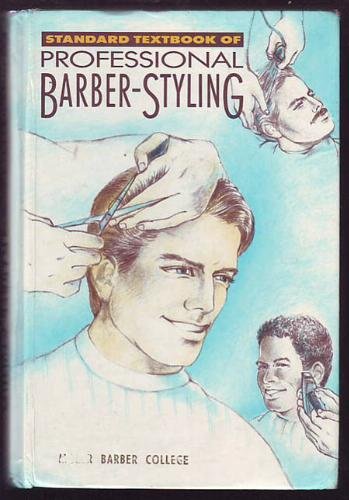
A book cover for Standard Textbook of Professional Barber Styling; Health, Fitness & Dieting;